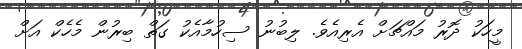
މީހަކު ދޮރު މައްޗަށް އެރިއެވެ. ލިބުނު ސިހުމާއެކު ގަތް ބިރުން މެހެކް އަށް